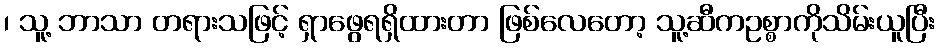
၊ သူ့ ဘာသာ တရားသဖြင့် ရှာဖွေရရှိထားတာ ဖြစ်လေတော့ သူ့ဆီကဥစ္စာကိုသိမ်းယူပြီး